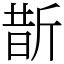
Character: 斮